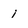
Character: i